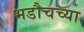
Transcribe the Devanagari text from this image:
भडौचच्या